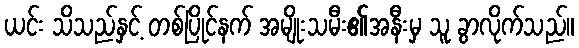
ယင်း သိသည်နှင့် တစ်ပြိုင်နက် အမျိုးသမီး၏အနီးမှ သူ ခွာလိုက်သည်။